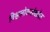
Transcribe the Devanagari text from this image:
विश्वलोकसंख्येत